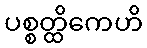
ပစ္စတ္ထိကေဟိ